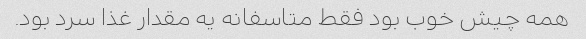
همه چیش خوب بود فقط متاسفانه یه مقدار غذا سرد بود.